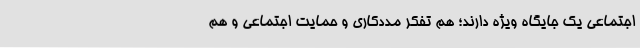
اجتماعی یک جایگاه ویژه دارند؛ هم تفکر مددکاری و حمایت اجتماعی و هم